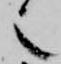
也